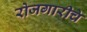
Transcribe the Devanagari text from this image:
रोजगारीचे